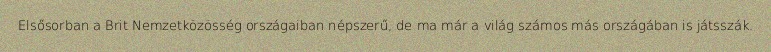
Elsősorban a Brit Nemzetközösség országaiban népszerű, de ma már a világ számos más országában is játsszák.